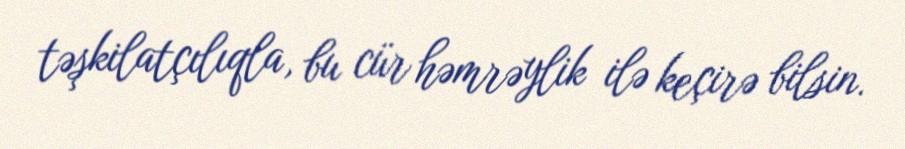
təşkilatçılıqla, bu cür həmrəylik ilə keçirə bilsin.